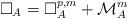
LaTeX: \begin{align*} \Box_A = \Box_{A}^{p,m} + {\mathcal M}^{m}_A\end{align*}